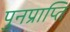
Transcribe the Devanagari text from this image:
पुनप्राप्ति